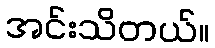
အင်းသိတယ်။